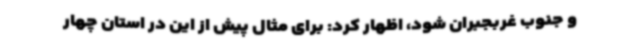
و جنوب غربجبران شود، اظهار کرد: برای مثال پیش از این در استان چهار